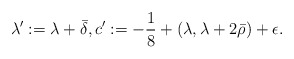
\begin{align*}\lambda':=\lambda+\bar\delta,c':=-\frac{1}{8}+(\lambda,\lambda+2\bar\rho)+\epsilon.\end{align*}